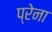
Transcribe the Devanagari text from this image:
प्रेना